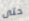
حتى